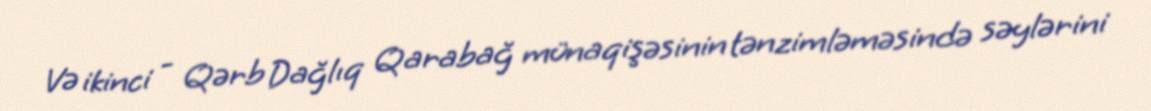
Və ikinci - Qərb Dağlıq Qarabağ münaqişəsinin tənzimləməsində səylərini